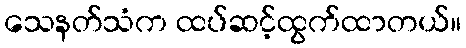
သေနတ်သံက ထပ်ဆင့်ထွက်ထာတယ်။